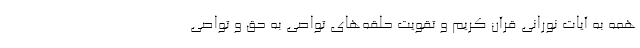
همه به آیات نورانی قرآن کریم و تقویت حلقه‌های تواصی به حق و تواصی